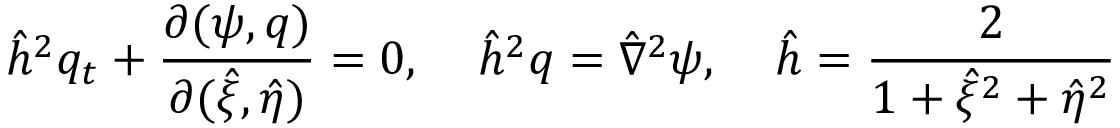
\hat { h } ^ { 2 } q _ { t } + \frac { \partial ( \psi , q ) } { \partial ( \hat { \xi } , \hat { \eta } ) } = 0 , \; \; \; \; \hat { h } ^ { 2 } q = \hat { \nabla } ^ { 2 } \psi , \; \; \; \; \hat { h } = \frac { 2 } { 1 + \hat { \xi } ^ { 2 } + \hat { \eta } ^ { 2 } }